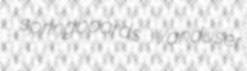
springboards Vanduser